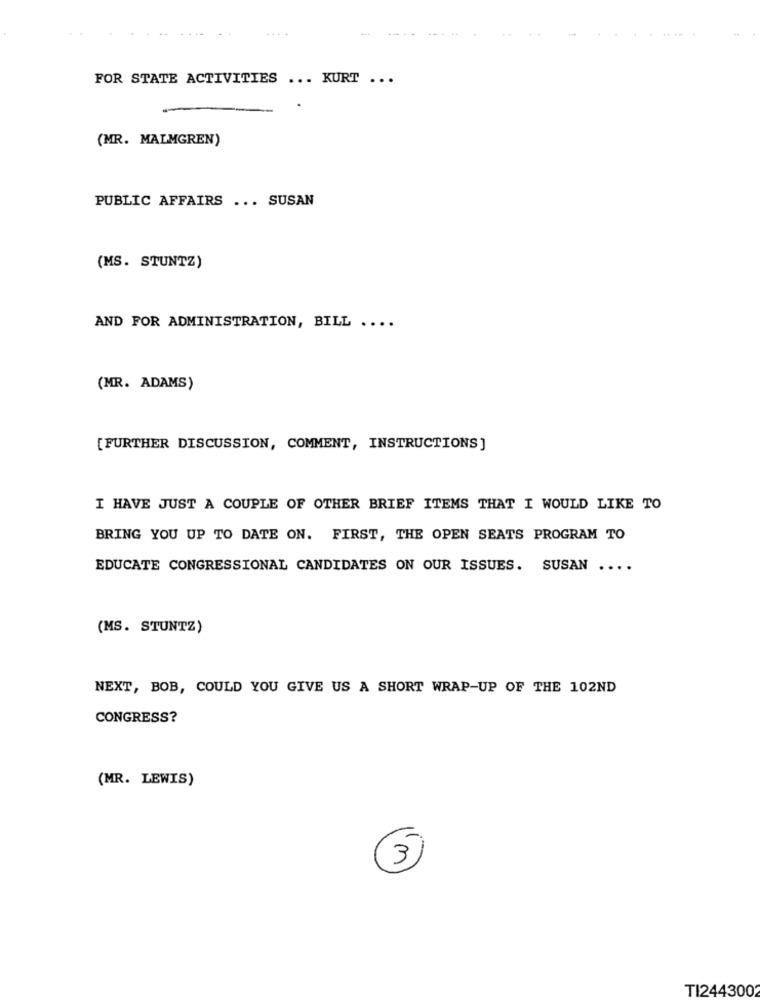
FOR STATE ACTIVITIES ... KURT ...
(MR. MALMGREN)
PUBLIC AFFAIRS ... SUSAN
(MS. STUNTZ)
AND FOR ADMINISTRATION, BILL ....
(MR. ADAMS)
[FURTHER DISCUSSION, COMMENT, INSTRUCTIONS]
I HAVE JUST A COUPLE OF OTHER BRIEF ITEMS THAT I WOULD LIKE TO
BRING YOU UP TO DATE ON. FIRST, THE OPEN SEATS PROGRAM TO
EDUCATE CONGRESSIONAL CANDIDATES ON OUR ISSUES. SUSAN ....
(MS. STUNTZ)
NEXT, BOB, COULD YOU GIVE US A SHORT WRAP-UP OF THE 102ND
CONGRESS?
(MR. LEWIS)
3)
TI2443002